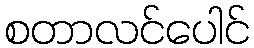
စတာလင်ပေါင်